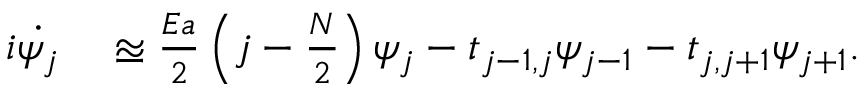
\begin{array} { r l } { i \dot { \psi _ { j } } } & { { } \approxeq \frac { E a } { 2 } \left( j - \frac { N } { 2 } \right) \psi _ { j } - t _ { j - 1 , j } \psi _ { j - 1 } - t _ { j , j + 1 } \psi _ { j + 1 } . } \end{array}